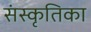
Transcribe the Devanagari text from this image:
संस्कृतिका